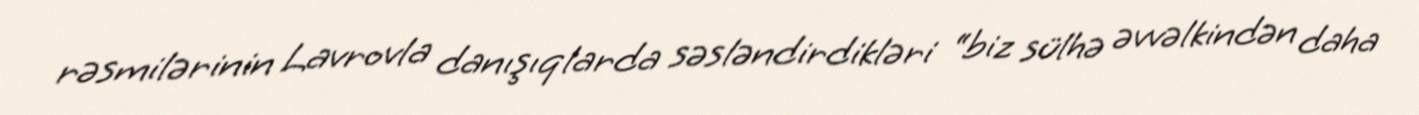
rəsmilərinin Lavrovla danışıqlarda səsləndirdikləri “biz sülhə əvvəlkindən daha